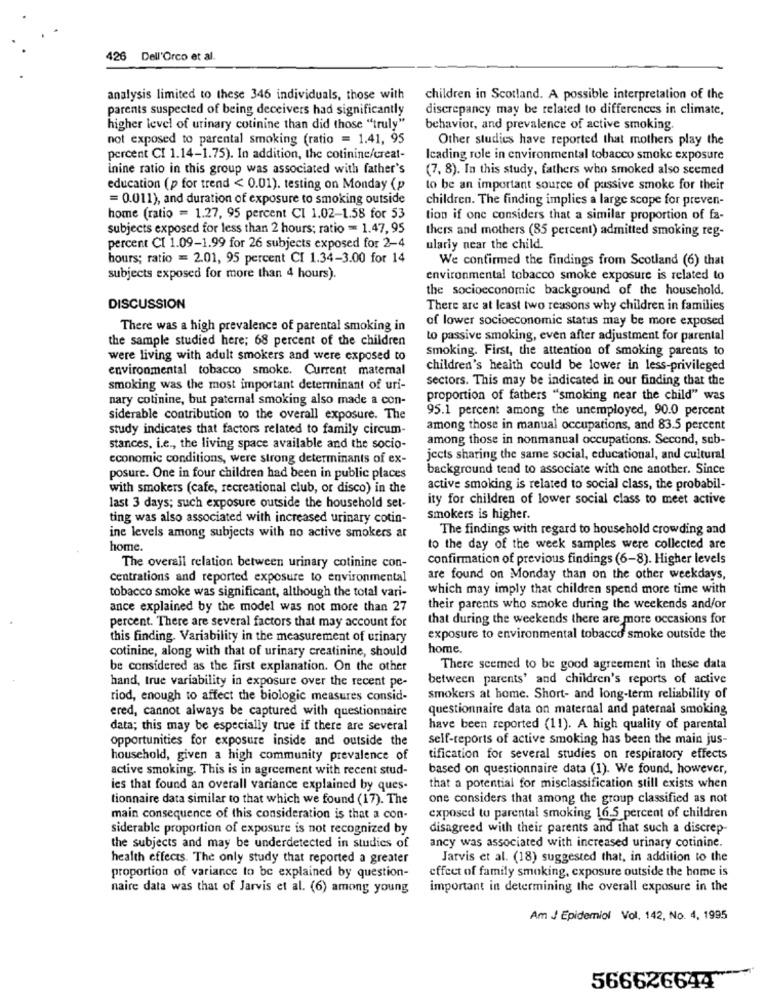
426 Dell'Orco et al.
analysis limited to these 346 individuals, those with
children in Scotland. A possible interpretation of the
parents suspected of being deceivers had significantly
discrepancy may be related to differences in climate,
higher level of urinary cotinine than did those "truly"
behavior, and prevalence of active smoking.
not exposed to parental smoking (ratio = 1.41, 95
Other studies have reported that mothers play the
percent CI 1.14-1.75). In addition, the cotinine/creat-
Icading role in environmental tobacco smoke exposure
inine ratio in this group was associated with father's
(7, 8). In this study, fathers who smoked also seemed
education (p for trend < 0.01). testing on Monday (p
to be an important source of passive smoke for their
= 0.011), and duration of exposure to smoking outside
children. The finding implies a large scope for preven-
home (ratio = 1.27, 95 percent CI 1.02-1.58 for 53
tion if one considers that a similar proportion of fa-
subjects exposed for less than 2 hours; ratio = 1.47, 95
thers and mothers (85 percent) admitted smoking reg-
percent CI 1.09-1.99 for 26 subjects exposed for 2-4
ularly near the child.
hours; ratio = 2.01, 95 percent CI 1.34-3.00 for 14
We confirmed the findings from Scotland (6) that
subjects exposed for more than 4 hours).
environmental tobacco smoke exposure is related to
the socioeconomic background of the household.
DISCUSSION
There are at least two reasons why children in families
of lower socioeconomic status may be more exposed
There was a high prevalence of parental smoking in
the sample studied here; 68 percent of the children
to passive smoking, even after adjustment for parental
smoking. First, the attention of smoking parents to
were living with adult smokers and were exposed to
environmental tobacco smoke. Current maternal
children's health could be lower in less-privileged
sectors. This may be indicated in our finding that the
smoking was the most important determinant of uri-
nary cotinine, but paternal smoking also made a con-
proportion of fathers "smoking near the child" was
95.1 percent among the unemployed, 90.0 percent
siderable contribution to the overall exposure. The
study indicates that factors related to family circum-
among those in manual occupations, and 83.5 percent
among those in nonmanual occupations. Second, sub-
stances, i.e ., the living space available and the socio-
economic conditions, were strong determinants of ex-
jects sharing the same social, educational, and cultural
background tend to associate with one another. Since
posure. One in four children had been in public places
with smokers (cafe, recreational club, or disco) in the
active smoking is related to social class, the probabil-
ity for children of lower social class to meet active
last 3 days; such exposure outside the household set-
ting was also associated with increased urinary cotin-
smokers is higher.
The findings with regard to household crowding and
ine levels among subjects with no active smokers at
home.
to the day of the week samples were collected are
confirmation of previous findings (6-8). Higher levels
The overall relation between urinary cotinine con-
centrations and reported exposure to environmental
are found on Monday than on the other weekdays,
tobacco smoke was significant, although the total vari-
which may imply that children spend more time with
ance explained by the model was not more than 27
their parents who smoke during the weekends and/or
that during the weekends there are more occasions for
percent. There are several factors that may account for
this finding. Variability in the measurement of urinary
exposure to environmental tobacco smoke outside the
cotinine, along with that of urinary creatinine, should
home.
be considered as the first explanation. On the other
There seemed to be good agreement in these data
hand, true variability in exposure over the recent pe-
between parents' and children's reports of active
riod, enough to affect the biologic measures consid-
smokers at home. Short- and long-term reliability of
ered, cannot always be captured with questionnaire
questionnaire data on maternal and paternal smoking
data; this may be especially true if there are several
have been reported (11). A high quality of parental
opportunities for exposure inside and outside the
self-reports of active smoking has been the main jus-
household, given a high community prevalence of
tification for several studies on respiratory effects
active smoking. This is in agreement with recent stud-
based on questionnaire data (1). We found, however,
les that found an overall variance explained by ques-
that a potential for misclassification still exists when
tionnaire data similar to that which we found (17). The
one considers that among the group classified as not
main consequence of this consideration is that a con-
exposed to parental smoking 16.5 percent of children
siderable proportion of exposure is not recognized by
disagreed with their parents and that such a discrep-
the subjects and may be underdetected in studies of
ancy was associated with increased urinary cotinine.
health effects. The only study that reported a greater
Jarvis et al. (18) suggested that, in addition to the
effeet of family smoking, exposure outside the home is
proportion of variance to be explained by question-
naire data was that of Jarvis et al. (6) among young
important in determining the overall exposure in the
Am J Epidemiol Vol. 142, No. 4, 1995
566626644